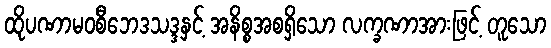
ထိုပဏာမဝစီဘေဒသဒ္ဒနှင့် အနိစ္စအစရှိသော လက္ခဏာအားဖြင့် တူသော